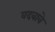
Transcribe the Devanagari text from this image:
वदवावे